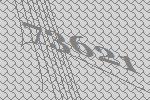
73621